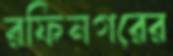
রফিনগরের